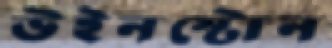
উইনস্টোন